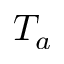
T _ { a }